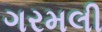
ગરમલી